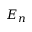
E _ { n }